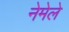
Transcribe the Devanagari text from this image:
नेमेले